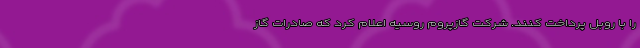
را با روبل پرداخت کنند. شرکت گازپروم روسیه اعلام کرد که صادرات گاز